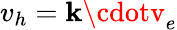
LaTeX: v_{h}=\mathbf{k}\cdotv_{e}